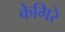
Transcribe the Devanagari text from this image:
केगिरे